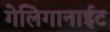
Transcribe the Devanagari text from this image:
गेलिगानाईट